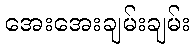
အေးအေးချမ်းချမ်း